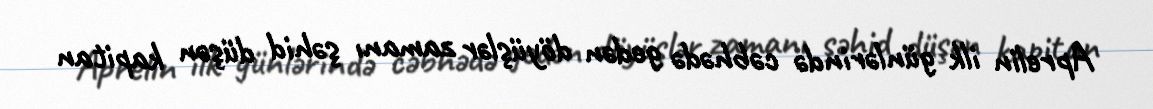
Aprelin ilk günlərində cəbhədə gedən döyüşlər zamanı şəhid düşən kapitan